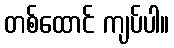
တစ်ထောင် ကျပ်ပါ။